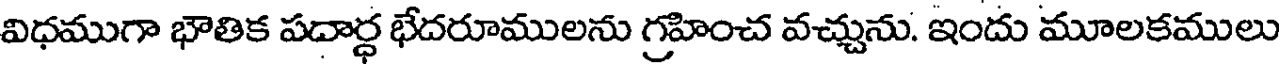
విధముగా భౌతిక పదార్ధ భేదరూములను గ్రహించ వచ్చును. ఇందు మూలకములు